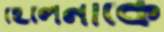
হেলেনাকে